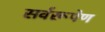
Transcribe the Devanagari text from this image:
सर्वरूपेण